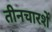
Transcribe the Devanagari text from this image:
तीनचारशें